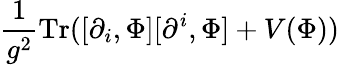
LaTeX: \frac{1}{g^{2}}\mathrm{Tr}([\partial_{i},\Phi][\partial^{i},\Phi]+V(\Phi))